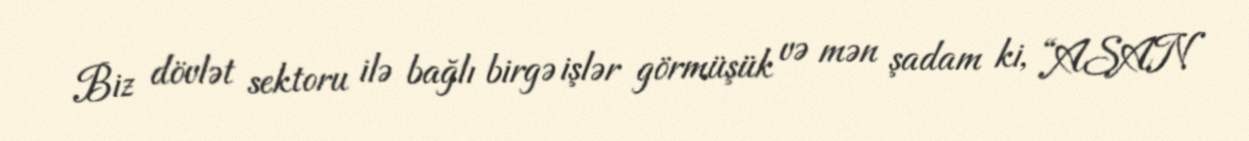
Biz dövlət sektoru ilə bağlı birgə işlər görmüşük və mən şadam ki, “ASAN